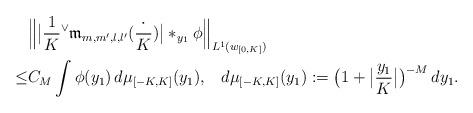
LaTeX: \begin{align*}&\Bigl\| \big|\frac1K {}^{\vee} {\mathfrak{m}_{m,m',l,l'}} (\frac{\cdot}{K}) \big| \ast_{y_1} \phi \Bigr\|_{L^1(w_{[0,K]})} \\\le&C_M \int \phi(y_1) \, d\mu_{[-K,K]}(y_1),\;\;\;d\mu_{[-K,K]}(y_1):= \bigl( 1+ \bigl| \frac{y_1}{K} \bigr| \bigr)^{-M}\, dy_1. \end{align*}